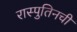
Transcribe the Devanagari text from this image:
रास्पुतिनची